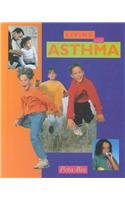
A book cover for Living With Asthma; Peta Bee; Health, Fitness & Dieting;